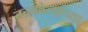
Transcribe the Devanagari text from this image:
तत्त्ववेत्यांच्या